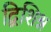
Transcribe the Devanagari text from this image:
द्विशिश्न